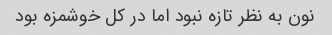
نون به نظر تازه نبود اما در‌ کل خوشمزه بود